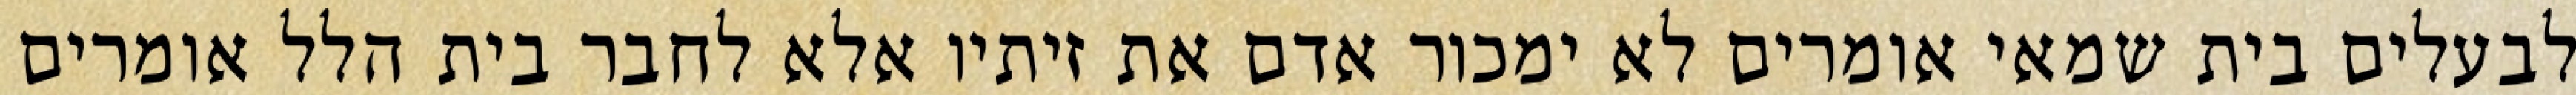
לבעלים בית שמאי אומרים לא ימכור אדם את זיתיו אלא לחבר בית הלל אומרים